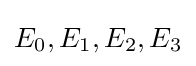
E_{0},E_{1},E_{2},E_{3}